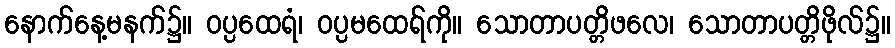
နောက်နေ့မနက်၌။ ဝပ္ပထေရံ၊ ဝပ္ပမထေရ်ကို။ သောတာပတ္တိဖလေ၊ သောတာပတ္တိဖိုလ်၌။